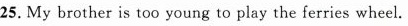
25. My brother is too young to play the ferries wheel.